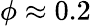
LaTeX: \phi\approx 0.2